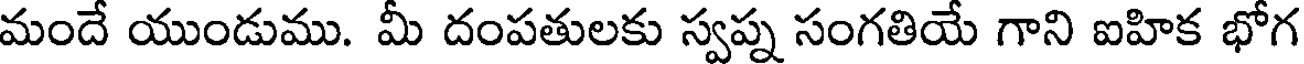
మందే యుండుము. మీ దంపతులకు స్వప్న సంగతియే గాని ఐహిక భోగ